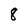
Character: 8